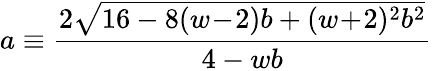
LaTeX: a\equiv\frac{2\sqrt{16-8(w\! -\! 2)b+(w\! +\! 2)^{2}b^{2}}}{4-wb}